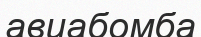
авиабомба